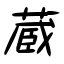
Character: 蔵